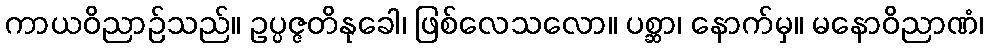
ကာယဝိညာဉ်သည်။ ဥပ္ပဇ္ဇတိနုခေါ၊ ဖြစ်လေသလော။ ပစ္ဆာ၊ နောက်မှ။ မနောဝိညာဏံ၊